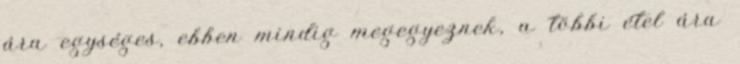
ára egységes, ebben mindig megegyeznek, a többi étel ára